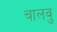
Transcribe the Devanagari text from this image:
चालवु